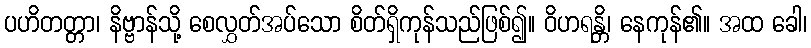
ပဟိတတ္တာ၊ နိဗ္ဗာန်သို့ စေလွှတ်အပ်သော စိတ်ရှိကုန်သည်ဖြစ်၍။ ဝိဟရန္တိ၊ နေကုန်၏။ အထ ခေါ၊